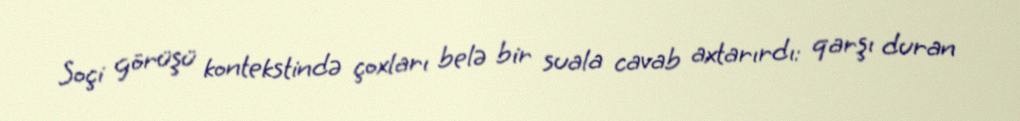
Soçi görüşü kontekstində çoxları belə bir suala cavab axtarırdı: qarşı duran